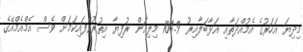
މިދިޔަ އަހަރުގެ އެމުއްދަތާއި އަޅާބަލާއިރު 104.9 މިލިއަން ރުފިޔާ އިތުރުވެފައިކަމަށް ވެސް އެމްއެމްއޭގެ